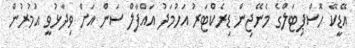
އޭޑީކޭ ހޮސްޕިޓަލްގެ މެނޭޖިން ޑިރެކްޓަރު އަހުމަދު އައްފާލް ސަން އަށް ވިދާޅުވީ އުމުރުން